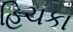
હિચકા